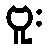
ဗူး